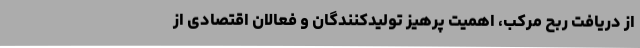
از دریافت ربح مرکب، اهمیت پرهیز تولیدکنندگان و فعالان اقتصادی از